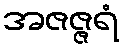
အဇဇ္ဇရံ